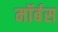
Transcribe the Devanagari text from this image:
मॉर्बस